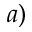
a )